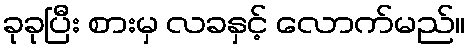
ခုခုပြီး စားမှ လခနှင့် လောက်မည်။